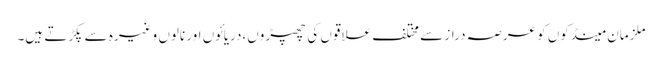
ملزمان مینڈکوں کو عرصہ دراز سے مختلف علاقوں کی چھپڑوں،دریائوں اور نالوں وغیرہ سے پکڑتے ہیں۔